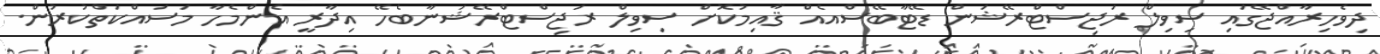
ދިވެހިރާއްޖޭގައި ސިވިލް ރަޖިސްޓްރޭޝަން ޑޭޓާބޭސްއެއް ޤާއިމުކޮށް ސިވިލް ރަޖިސްޓްރޭޝަނާބެހޭ އިދާރީ އެންމެހާ މަސައްކަތްކުރުން.